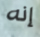
إنه